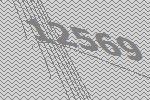
12569